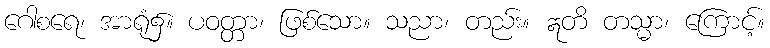
ဂေါစရေ၊ အာရုံ၌။ ပဝတ္တာ၊ ဖြစ်သော။ သညာ၊ တည်း။ ဣတိ တသ္မာ၊ ကြောင့်။